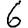
Digit: 6